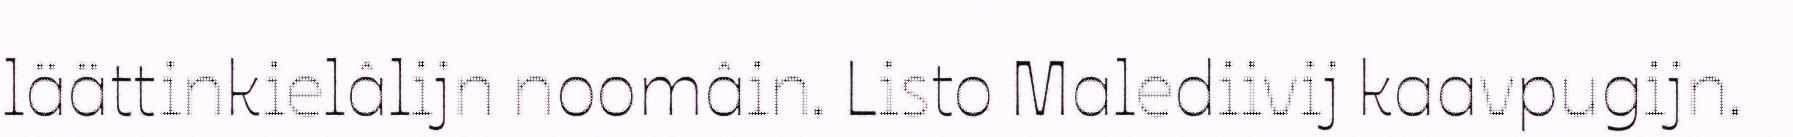
läättinkielâlijn noomâin. Listo Malediivij kaavpugijn.